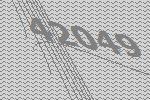
42049